Scottish Leaving Certificate Examination, 1953
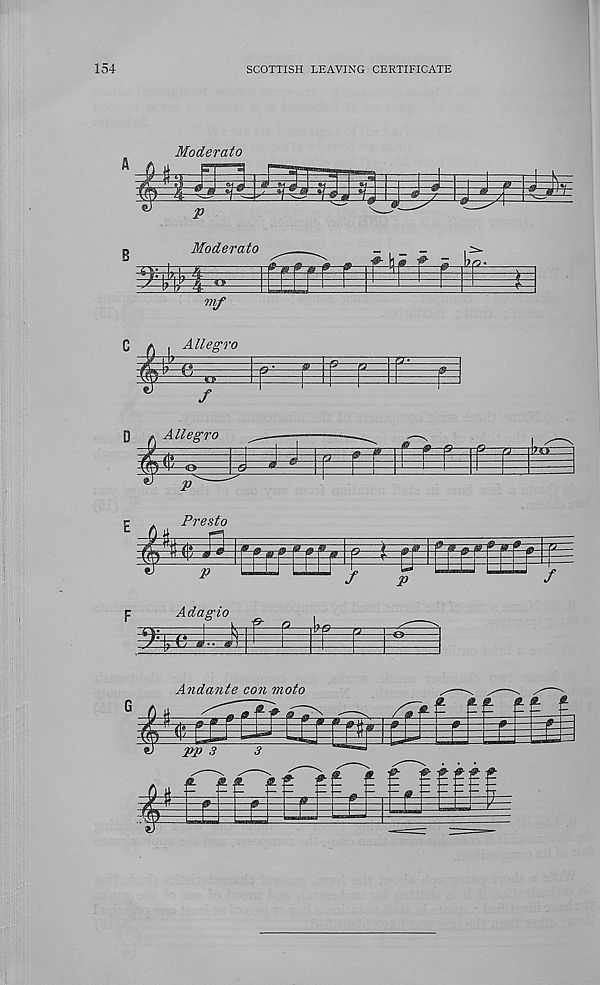
154
SCOTTISH LEAVING CERTIFICATE
Moderate
Moderate
m
g—p-
mf
Allegro
& 3Z5Z
/
F
Adagio
'f-'ic L
Andante con moto
pp 3